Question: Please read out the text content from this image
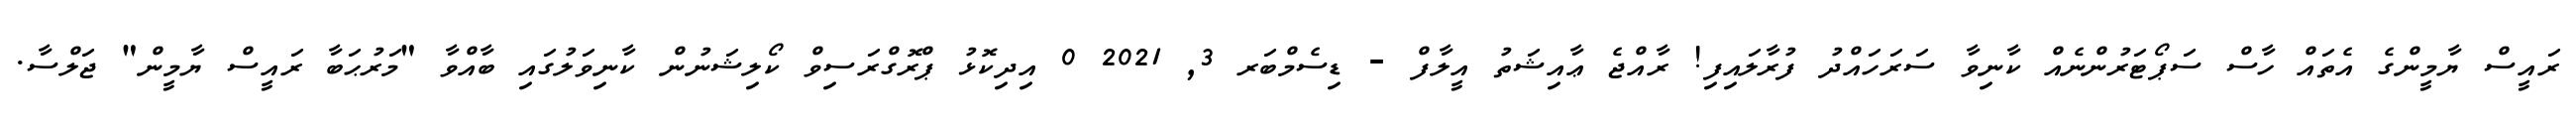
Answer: ރައީސް ޔާމީންގެ އެތައް ހާސް ސަޕޯޓަރުންނެއް ކާނިވާ ސަރަހައްދު ފުރާލައިފި! ރާއްޖެ ޢާއިޝަތު އީލާފް - ޑިސެމްބަރ 3, 2021 0 އިދިކޮޅު ޕްރޮގްރަސިވް ކޯލިޝަނުން ކާނިވަލުގައި ބާއްވާ "މަރުޙަބާ ރައީސް ޔާމީން" ޖަލްސާ.